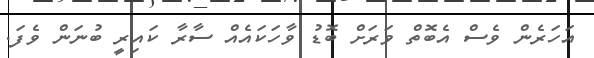
އަހަރެން ވެސް އެބޮތް ވަރަށް ބޮޑު ވާހަކައެއް ސާރާ ކައިރީ ބުނަން ވެފަ.